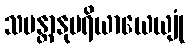
သမန္တာနုပရိယာယေယျုံ